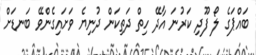
ބައްޕަގެ ލޯ ފޫދި ކަރުނަ އާދޭ ހިތް ދަތިކަން ދުނިޔެ ވަށައިގެންވޭ ބަނޑަށް